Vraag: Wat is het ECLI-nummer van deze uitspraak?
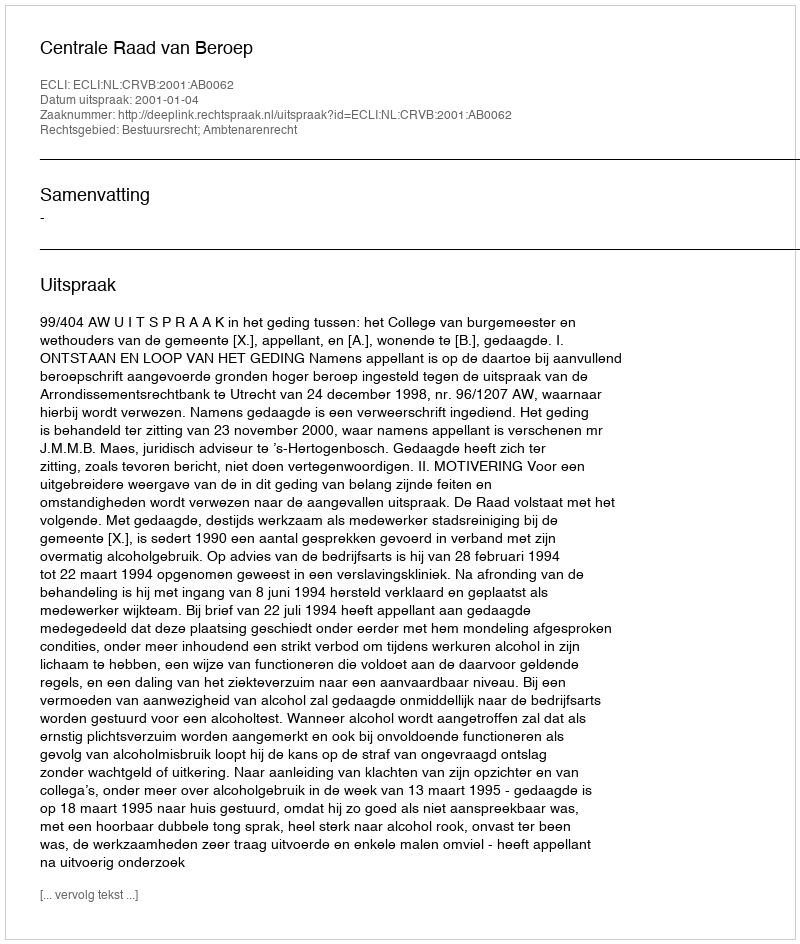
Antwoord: ECLI:NL:CRVB:2001:AB0062